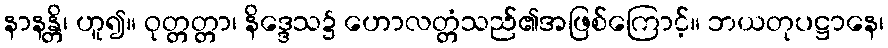
နာနန္တိ၊ ဟူ၍။ ဝုတ္တတ္တာ၊ နိဒ္ဒေသ၌ ဟောလတ္တံသည်၏အဖြစ်ကြောင့်။ ဘယတုပဋ္ဌာနေ၊